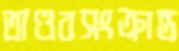
তাণ্ডবসংক্রান্ত